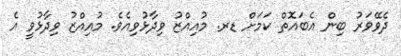
ދެވޭވަރު ބިން އެބައޮތް ކަމަށް ޑރ. މުއިއްޒު ވިދާޅުވިއެވެ. މުއިއްޒު ވިދާޅުވީ އެ